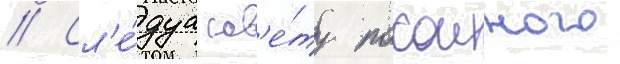
// Сл'е́дуа сов'е́ту покоиного